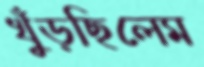
খুঁড়ছিলেম